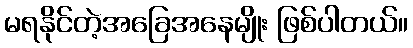
မရနိုင်တဲ့အခြေအနေမျိုး ဖြစ်ပါတယ်။